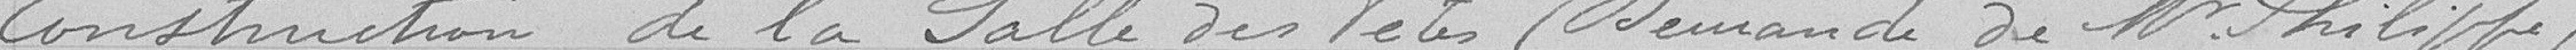
Construction de la salle des fêtes (demande de monsieur Philippe)